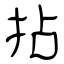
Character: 拈